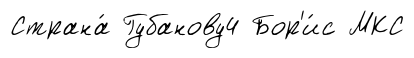
Страна́ Губанову4 Бор'и́с МКС